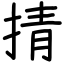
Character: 掅